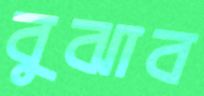
বুঝাব